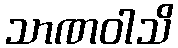
သာဏဝါသိ